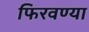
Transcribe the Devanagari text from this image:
फिरवण्या